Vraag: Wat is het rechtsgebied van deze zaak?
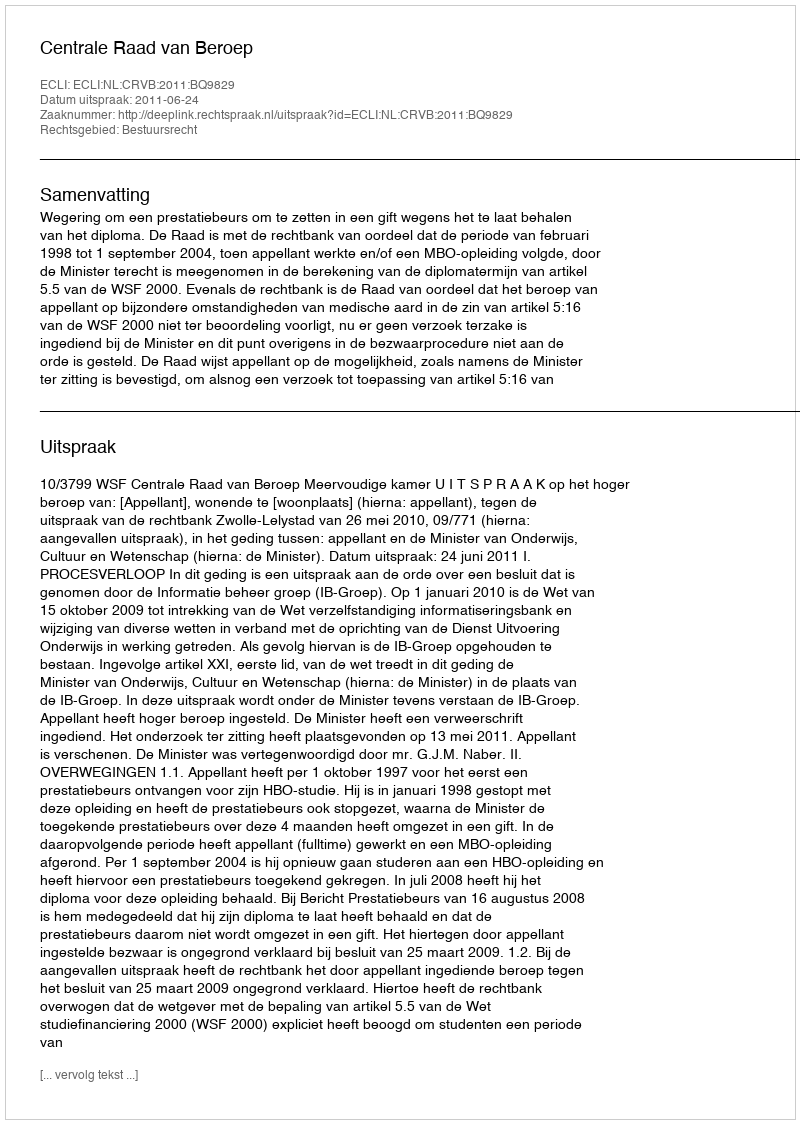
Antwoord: Bestuursrecht